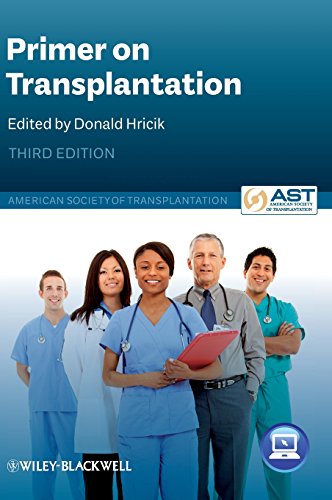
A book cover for Primer on Transplantation; American Society of Transplantation; Medical Books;